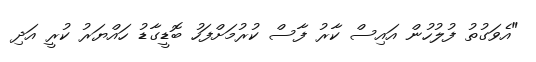
"އެވަގުތު ފުލުހުން އައިސް ކާރު ފާސް ކުރުމަށްފަހު ބޮޑީގާޑު ހައްޔަރު ކުރީ އަދި